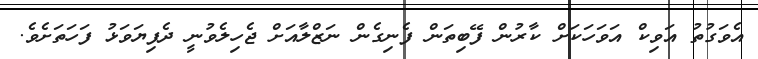
އެވަގުތު އަވިކް އަވަހަކަށް ކާރުން ފޭބިތަން ފެނިގެން ނަޒްލާއަށް ޖެހިލެވުނީ ދެފިޔަވަޅު ފަހަތަށެވެ.